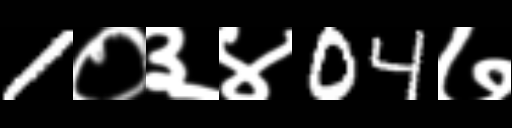
Text: 1०३४04७